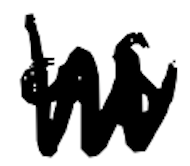
Text: as
Cross-out: zig-zag
Writing tool: digital_black